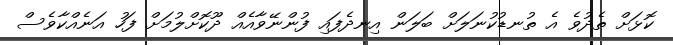
ކޮޅަށް ތެދުވެ އެ ތުނޑުކުނަލަށް ބަލަން އިނދެފައި ފުންނޭވާއެއް ދޫކޮށްލުމަށް ފަހު އަނެއްކާވެސް